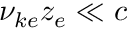
\nu _ { k e } z _ { e } \ll c